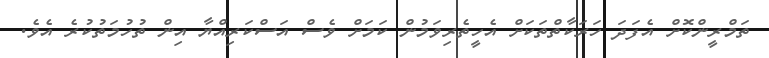
ތަމްރީންކޮށް އެފަދަ ހަރަކާތްތަކަށް އެހީތެރިވަމުން ކަމަށް ވެސް އަސްކަރިއްޔާ އިން ތުހުމަތުކުރެ އެވެ.